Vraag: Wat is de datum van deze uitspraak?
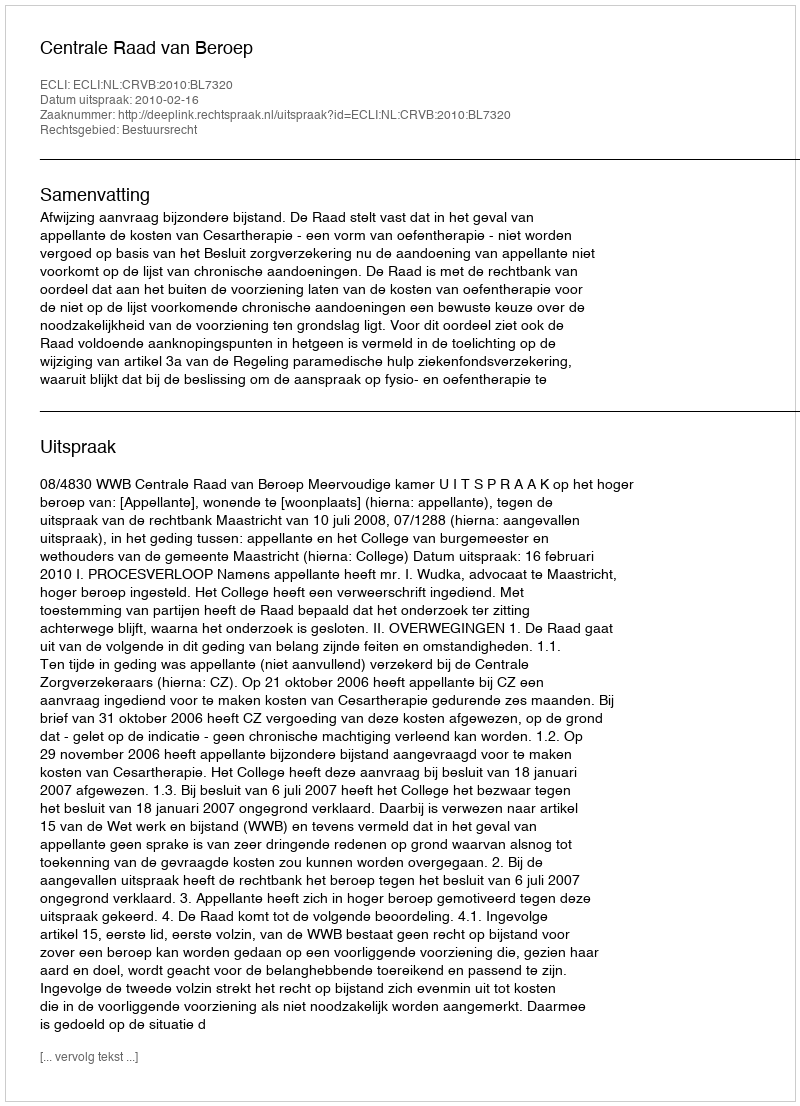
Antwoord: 2010-02-16